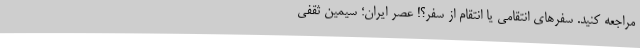
مراجعه کنید. سفرهای انتقامی یا انتقام از سفر؟! عصر ایران؛ سیمین ثقفی